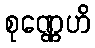
စုဏ္ဏေဟိ